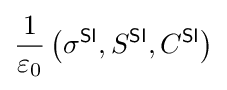
{\frac {1}{\varepsilon _{0}}}\left(\sigma ^{\textsf {SI}},S^{\textsf {SI}},C^{\textsf {SI}}\right)